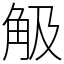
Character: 觙